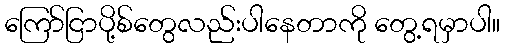
ကြော်ငြာပို့စ်တွေလည်းပါနေတာကို တွေ့ရမှာပါ။